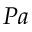
P a